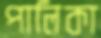
পালিকা